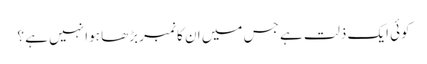
کوئی ایک ذلت ہے جس میں ان کا نمبر بڑھا ہوا نہیں ہے ؟